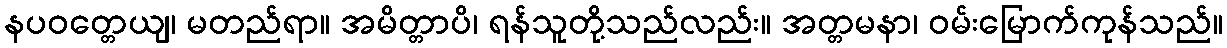
နပဝတ္တေယျ၊ မတည်ရာ။ အမိတ္တာပိ၊ ရန်သူတို့သည်လည်း။ အတ္တမနာ၊ ဝမ်းမြောက်ကုန်သည်။